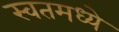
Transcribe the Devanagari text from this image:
स्वतमध्ये